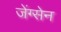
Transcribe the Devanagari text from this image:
जेंग्सेन